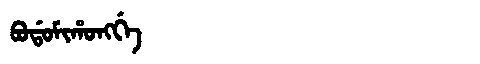
Manchu: ᠪᠣᡩᠣᠮᡳᡥᠣᠩᡤᡝ
Romanization: BODOMIHONGGE